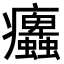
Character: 𤼜